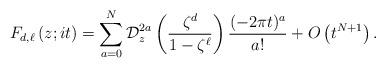
LaTeX: \begin{align*}F_{d,\ell}\left(z;it\right)&=\sum_{a=0}^N \mathcal{D}_z^{2a}\left(\frac{\zeta^d}{1-\zeta^\ell}\right)\frac{(-2\pi t)^a}{a!} + O\left(t^{N+1}\right).\end{align*}